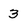
Character: 3